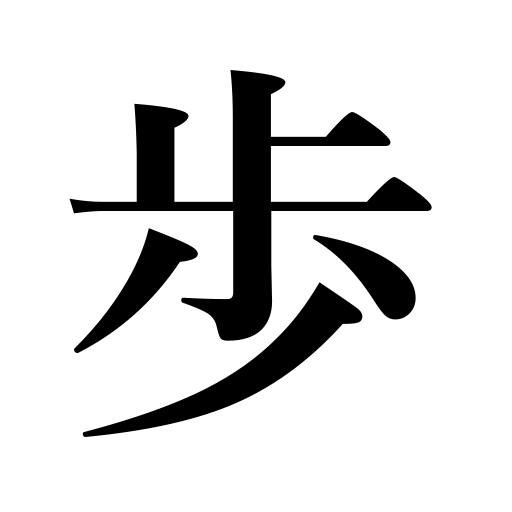
Meanings: rate,step,foot soldier,tsubo,pawn in Japanese chess,walk,six feet square,change of winning,hike,pace